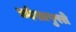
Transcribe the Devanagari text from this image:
प्रदेशापुरते